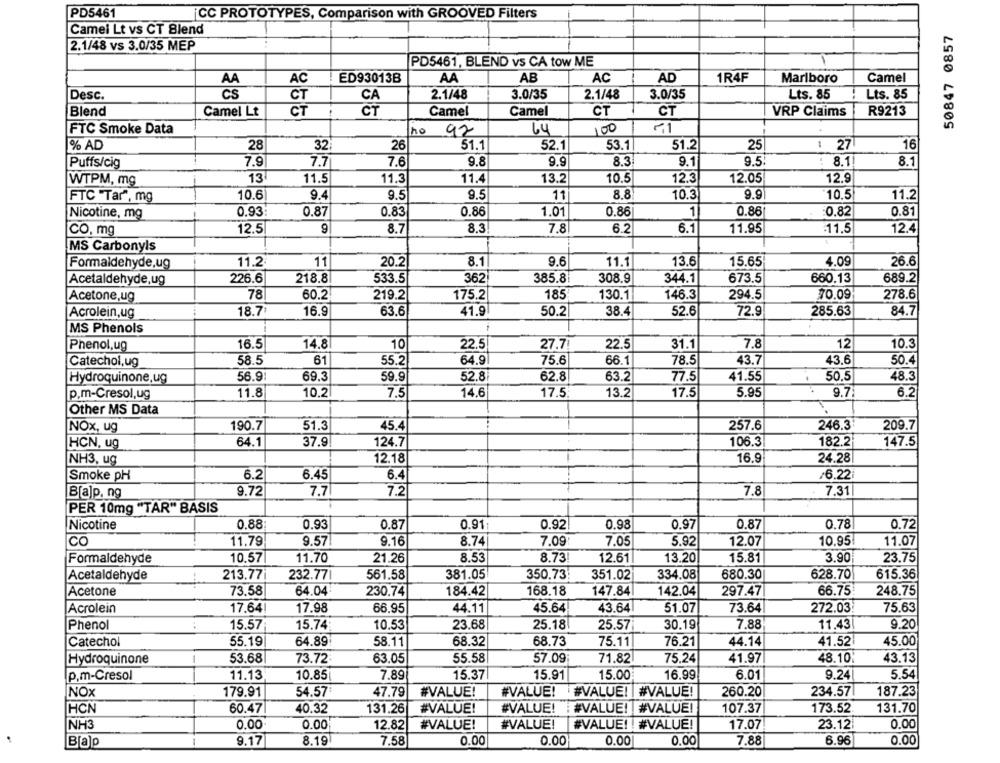
PD5461
CC PROTOTYPES, Comparison with GROOVED Filters
Camei Lt vs CT Blend
50847 0857
2.1/48 vs 3.0/35 MEP
PD5461, BLEND vs CA tow ME
AA
AA
AC
ED93013B
AB
AC
AD
1R4F
Marlboro
Camel
Desc.
CS
CT
CA
2.1/48
3.0/35
2.1/48
3.0/35
Lts. 85
Lts. 85
Blend
Camel Lt
CT
CT
Camel
Camel
CT
CT
VRP Claims
R9213
FTC Smoke Data
no
Ly
100
92
% AD
28
26
51.2
25
: 27
16
32
51.1
52.1
53.1
Puffs/cig
7.9
7.7
7.6
9.8
9.9
8.3
9.1
9.5
8.1!
8.1
WTPM, mg
13
11.5
11.3
11.4
13.2
10.5
12.3
12.05
12.9
FTC Tar", mg
10.6
9.4
9.5
9.5
11
8.8
10.3
9.9
10.5
11.2
Nicotine, mg
0.93
0.87
0.83
0.86
1.01
0.86
1
0.86
0.82
0.81
12.5
8.7
8.3
7.8
6.2
6.1
11.95
12.4
CO, mg
11.5
MS Carbonyls
Formaldehyde,ug
11.2
11
20.2
8.1
9.6
11.1
13.6
15.65
4.09
26.6
Acetaldehyde,ug
226.6
218.8
533.5
362
385.8
308.9
344.1
673.5
660.13
689.2
Acetone,ug
78
60.2
219.2
175.2
185
130.1
146.3
294.5
70.09
278.6
Acrolein,ug
18.7
16.9
63.6
41.9
50.2
38.4
52.6
72.9
285.63
84.7
MS Phenols
10
10.3
Phenol,ug
16.5
14.8
22.5
27.7
22.5
31.1
7.8
12
Catechol,ug
58.5
61
55.2
64.9
75.6
66.1
78.5
43.7
43.6
50.4
Hydroquinone,ug
56.91
69.3
59.9
52.8
62.8
63.2
77.5
41.55
50.5
48.3
p.m-Cresol,ug
11.8
10.2
7.5
14.6
17.5
13.2
17.5
5.95
9.7
6.2
Other MS Data
NOx, ug
190.7
51.3
45.4
257.6
246.3
209.7
64.1
37.9
124.7
106.3
182.2
147.5
HCN, ug
16.9
24.28
NH3, ug
12.18
6.22
Smoke pH
6.2
6.45
6.4
B[a]p, ng
9.72
7.7
7.2
7.8
7.31
PER 10mg "TAR" BASIS
Nicotine
0.88
0.93
0.87
0.91:
0.92
0.98
0.97
0.87
0.78
0.72
CO
11.79
9.57
9.16
8.74
7.09
7.05
5.92
12.07
10.95
11.07
10.57
11.70
8.53
8.73
12.61
13.20
3.90
23.75
Formaldehyde
21.26
15.81
Acetaldehyde
213.77
232.77
561.58
381.05
350.73:
351.02
334.08
680.30
628.70
615.36
Acetone
73.58
64.04
230.74
184.42
168.18
147.84
142.04
297.47|
66.75
248.75
Acrolein
17.64
17.98
66.95
44.11
45.64
43.64|
51.07
73.64
272.03:
75.63
Phenol
15.57
15.74
10.53
23.68
25.18
25.57
30.19
7.88
11.43
9.20
Catechol
55.19
64.89
68.32
68.73
75.11
76.21
44.14
41.52|
45.00
58.11
-
Hydroquinone
53.68
73.72
63.05
55.58
57.09
71.82
75.24
41.97
48.10:
43.13
p.m-Cresol
11.13
10.85
7.89
15.37
15.91
15.00
16.99
6.01
9.24
5.54
NOX
179.91
54.57
47.79
#VALUE!
#VALUE! #VALUE! | #VALUE!
260.20
234.57|
187.23
HCN
60.47
40.32
131.26
#VALUE!
#VALUE!
VALUE!
#VALUE!
107.37
173.52
131.70
NH3
0.00
0.00
12.82
#VALUE!
#VALUE!
#VALUE! ! #VALUE!
17.07
23.12
0.00
0.00
0.00
6.96
0.00
B[alp
9.17
8.19
7.58
0.00
0.00
7.88